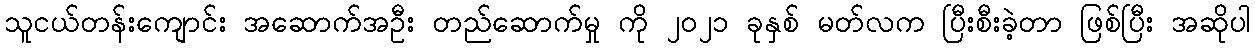
သူငယ်တန်းကျောင်း အဆောက်အဦး တည်ဆောက်မှု ကို ၂၀၂၁ ခုနှစ် မတ်လက ပြီးစီးခဲ့တာ ဖြစ်ပြီး အဆိုပါ